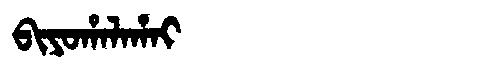
Manchu: ᠪᡳᠶᠣᡥᠠᠯᠠᡥᠠᡳ
Romanization: BIYOHALAHAI